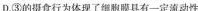
D ③的摄食行为体现了胞膜具有一定流动性